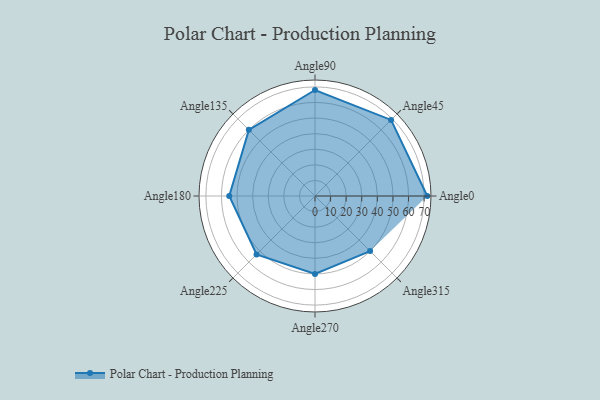
{"axis": {"x": "Angle", "y": "Radius"}, "legend": [""], "data": [{"x": "Angle0", "y": 72.0, "type": ""}, {"x": "Angle45", "y": 69.0, "type": ""}, {"x": "Angle90", "y": 68.0, "type": ""}, {"x": "Angle135", "y": 60.0, "type": ""}, {"x": "Angle180", "y": 55.0, "type": ""}, {"x": "Angle225", "y": 53.0, "type": ""}, {"x": "Angle270", "y": 50, "type": ""}, {"x": "Angle315", "y": 50, "type": ""}]}